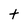
Character: t